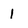
Character: 1